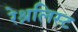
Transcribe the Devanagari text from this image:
रेश्नलिस्ट